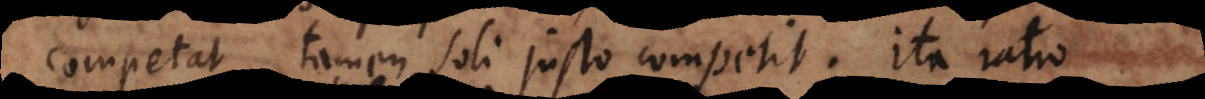
competat tamen soli justo competit. Ita ratio